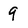
Character: 9